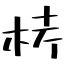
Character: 𣑥